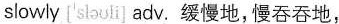
slowly ['sləʊi] adv. 缓慢地,慢吞吞地,